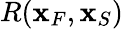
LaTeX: R({\mathbf x}_{F},{\mathbf x}_{S})